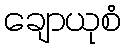
ချောယုစံ